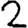
Digit: 2